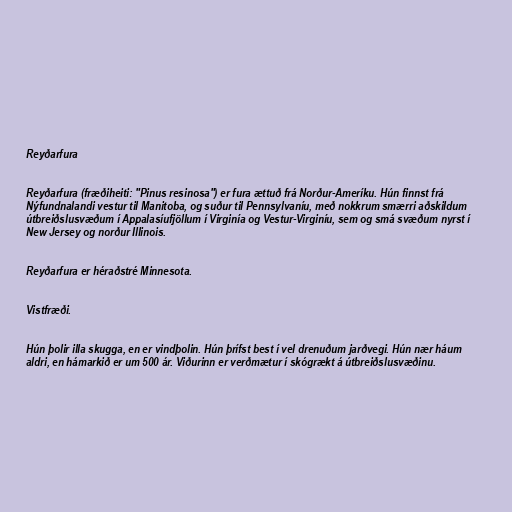
Reyðarfura

Reyðarfura (fræðiheiti: "Pinus resinosa") er fura ættuð frá Norður-Ameríku. Hún finnst frá
Nýfundnalandi vestur til Manitoba, og suður til Pennsylvaníu, með nokkrum smærri aðskildum
útbreiðslusvæðum í Appalasíufjöllum í Virginía og Vestur-Virginíu, sem og smá svæðum nyrst í
New Jersey og norður Illinois.

Reyðarfura er héraðstré Minnesota.

Vistfræði.

Hún þolir illa skugga, en er vindþolin. Hún þrífst best í vel drenuðum jarðvegi. Hún nær háum
aldri, en hámarkið er um 500 ár. Viðurinn er verðmætur í skógrækt á útbreiðslusvæðinu.